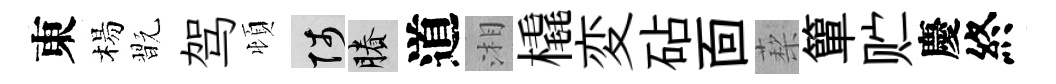
東楊翫驾頓陟賸道湘橇変砧靣蔾簞贮慶終